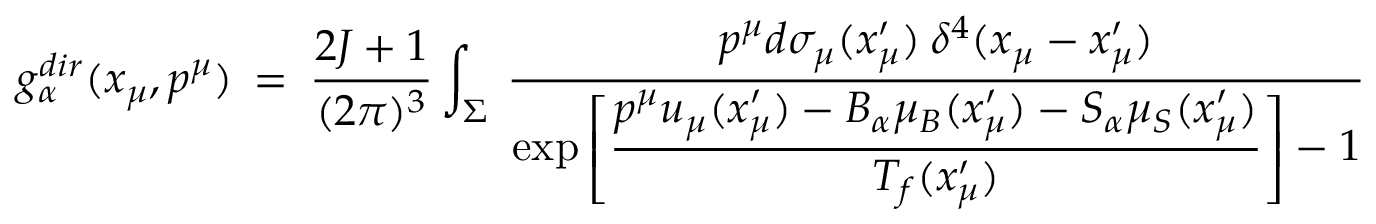
g _ { \alpha } ^ { d i r } ( x _ { \mu } , p ^ { \mu } ) \: = \: \frac { 2 J + 1 } { ( 2 \pi ) ^ { 3 } } \int _ { \Sigma } \: \frac { p ^ { \mu } d \sigma _ { \mu } ( x _ { \mu } ^ { \prime } ) \: \delta ^ { 4 } ( x _ { \mu } - x _ { \mu } ^ { \prime } ) } { \exp \left[ \displaystyle { \frac { p ^ { \mu } u _ { \mu } ( x _ { \mu } ^ { \prime } ) - B _ { \alpha } \mu _ { B } ( x _ { \mu } ^ { \prime } ) - S _ { \alpha } \mu _ { S } ( x _ { \mu } ^ { \prime } ) } { T _ { f } ( x _ { \mu } ^ { \prime } ) } } \right] - 1 }